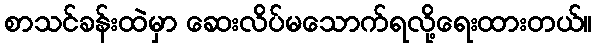
စာသင်ခန်းထဲမှာ ဆေးလိပ်မသောက်ရလို့ရေးထားတယ်။